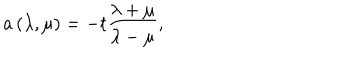
LaTeX: a \left( \lambda , \mu \right) = - t \frac { \lambda + \mu } { \lambda - \mu } ,